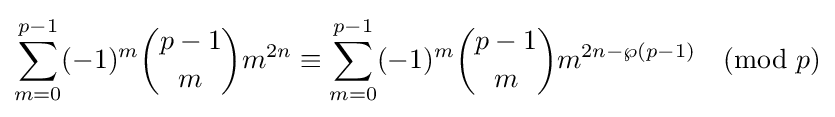
\sum _{m=0}^{p-1}(-1)^{m}{\binom {p-1}{m}}m^{2n}\equiv \sum _{m=0}^{p-1}(-1)^{m}{\binom {p-1}{m}}m^{2n-\wp (p-1)}{\pmod {p}}